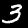
Digit: 3